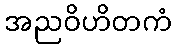
အညဝိဟိတကံ